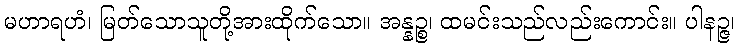
မဟာရဟံ၊ မြတ်သောသူတို့အားထိုက်သော။ အန္နဉ္စ၊ ထမင်းသည်လည်းကောင်း။ ပါနဉ္ဇ၊